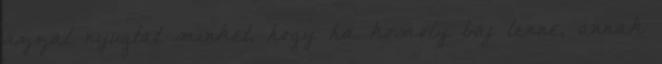
azzal nyugtat minket, hogy ha komoly baj lenne, annak